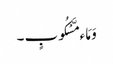
وَ مَاء مَّسْکُوبٍ ۔